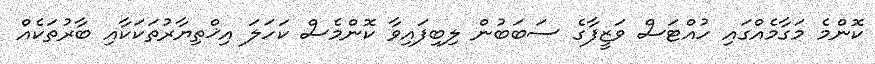
ކޮންމެ މަގާމެއްގައި ހުއްޓަސް ވަޒީފާގެ ސަބަބުން ލިބިފައިވާ ކޮންމެސް ކަހަލަ އިޚްތިޔާރުތަކަކާއި ބާރުތަކެއް